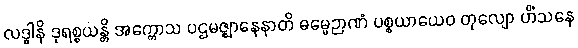
လဒ္ဓါနိ ဒုရစ္စယန္တိ အက္ကောသ ပဌမဇ္ဈာနေနာတိ ဓမ္မေဉာဏံ ပစ္စယာယေဝ တုလျော ဟိံသနေ